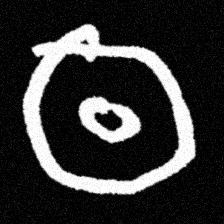
Pyu character \u2014 Myanmar letter: ထ (romanized: tha)